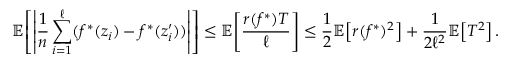
\mathbb { E } \! \left[ \left\lvert \frac 1 n \sum _ { i = 1 } ^ { \ell } ( f ^ { * } ( z _ { i } ) - f ^ { * } ( z _ { i } ^ { \prime } ) ) \right\rvert \right] \le \mathbb { E } \! \left[ \frac { r ( f ^ { * } ) T } \ell \right] \le \frac 1 2 \mathbb { E } \! \left[ r ( f ^ { * } ) ^ { 2 } \right] + \frac 1 { 2 \ell ^ { 2 } } \mathbb { E } \! \left[ T ^ { 2 } \right] .